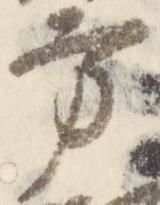
方